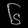
Digit: ၆